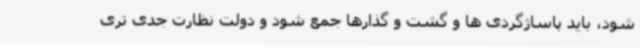
شود، باید پاساژگردی ها و گشت و گذارها جمع شود و دولت نظارت جدی تری